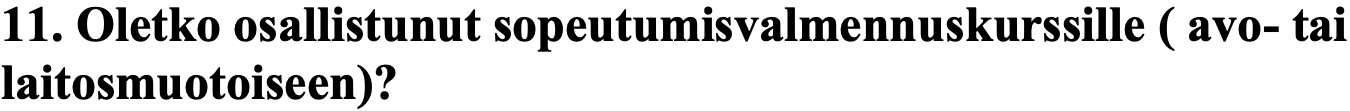
11. Oletko osallistunut sopeutumisvalmennuskurssille ( avo- tai laitosmuotoiseen)?